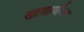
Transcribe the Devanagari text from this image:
खाणार्याच्या